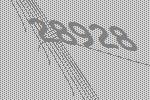
28928